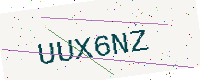
Text: UUX6NZ